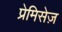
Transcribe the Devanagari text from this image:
प्रेमिसेज़